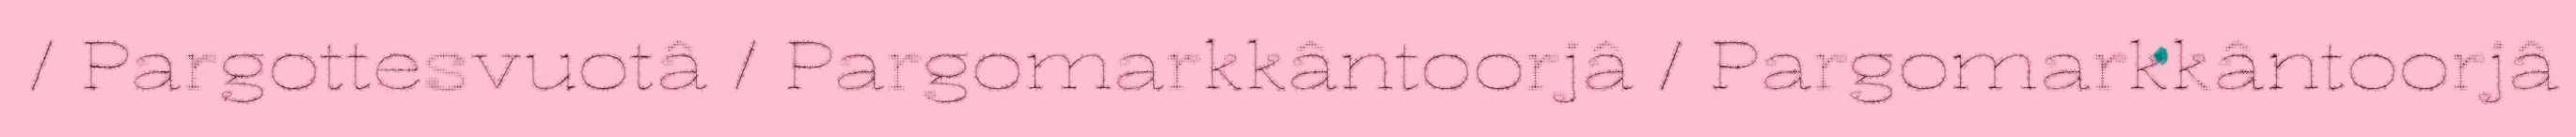
/ Pargottesvuotâ / Pargomarkkântoorjâ / Pargomarkkântoorjâ